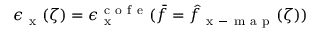
\epsilon _ { \mathrm { ~ x ~ } } ( \zeta ) = \epsilon _ { \mathrm { ~ x ~ } } ^ { \mathrm { ~ c ~ o ~ f ~ e ~ } } ( \bar { f } = \hat { f } _ { \mathrm { ~ x ~ - ~ m ~ a ~ p ~ } } ( \zeta ) )